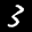
Label: 3